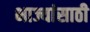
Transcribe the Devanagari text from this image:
भाज्यांसाठी